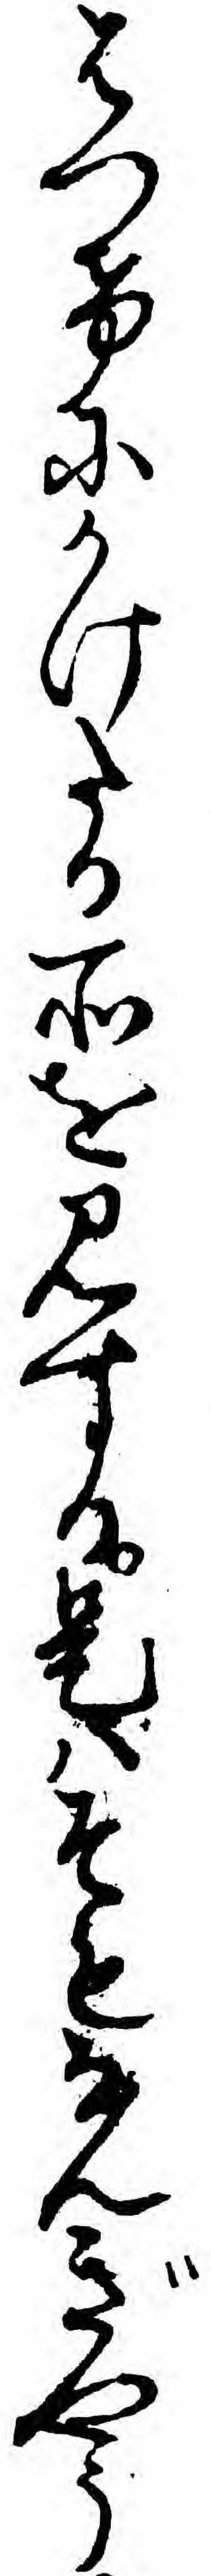
はつけにかけたる所を見する是ハそもなんぎやう